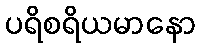
ပရိစရိယမာနော